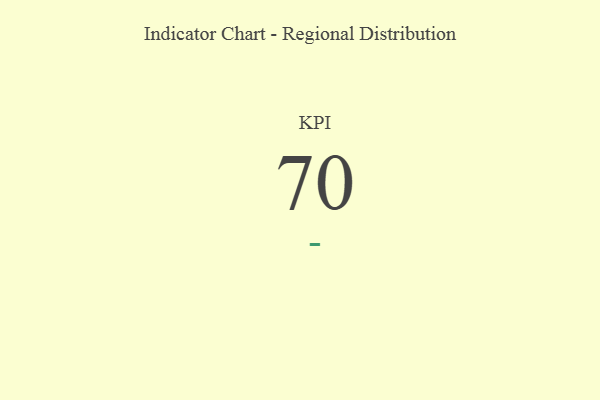
{"axis": {"x": "KPI", "y": "Value"}, "legend": [""], "data": [{"x": "KPI", "y": 70, "type": ""}]}